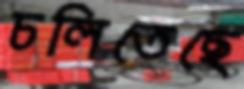
চলিতেছে